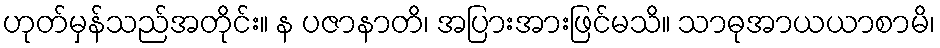
ဟုတ်မှန်သည်အတိုင်း။ န ပဇာနာတိ၊ အပြားအားဖြင်မသိ။ သာဓုအာယယာစာမိ၊